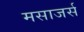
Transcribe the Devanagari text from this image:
मसाजर्स